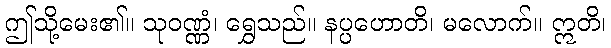
ဤသို့မေး၏။ သုဝဏ္ဏံ၊ ရွှေသည်။ နပ္ပဟောတိ၊ မလောက်။ ဣတိ၊